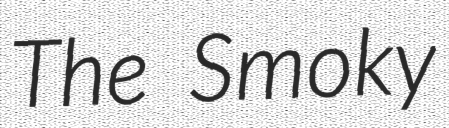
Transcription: The Smoky